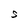
Character: S